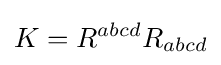
K=R^{abcd}R_{abcd}